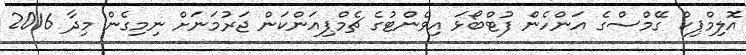
އޮލިމްޕިކް ގޭމްސްގެ އަންހެން ފުޓްބޯޅަ އިވެންޓުގެ ޗެމްޕިއަންކަން ޖަރުމަނަށް ނިމިގެން މިދާ 2016